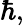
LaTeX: \hbar,